kultuurilooline_kollektsioon, lk 4
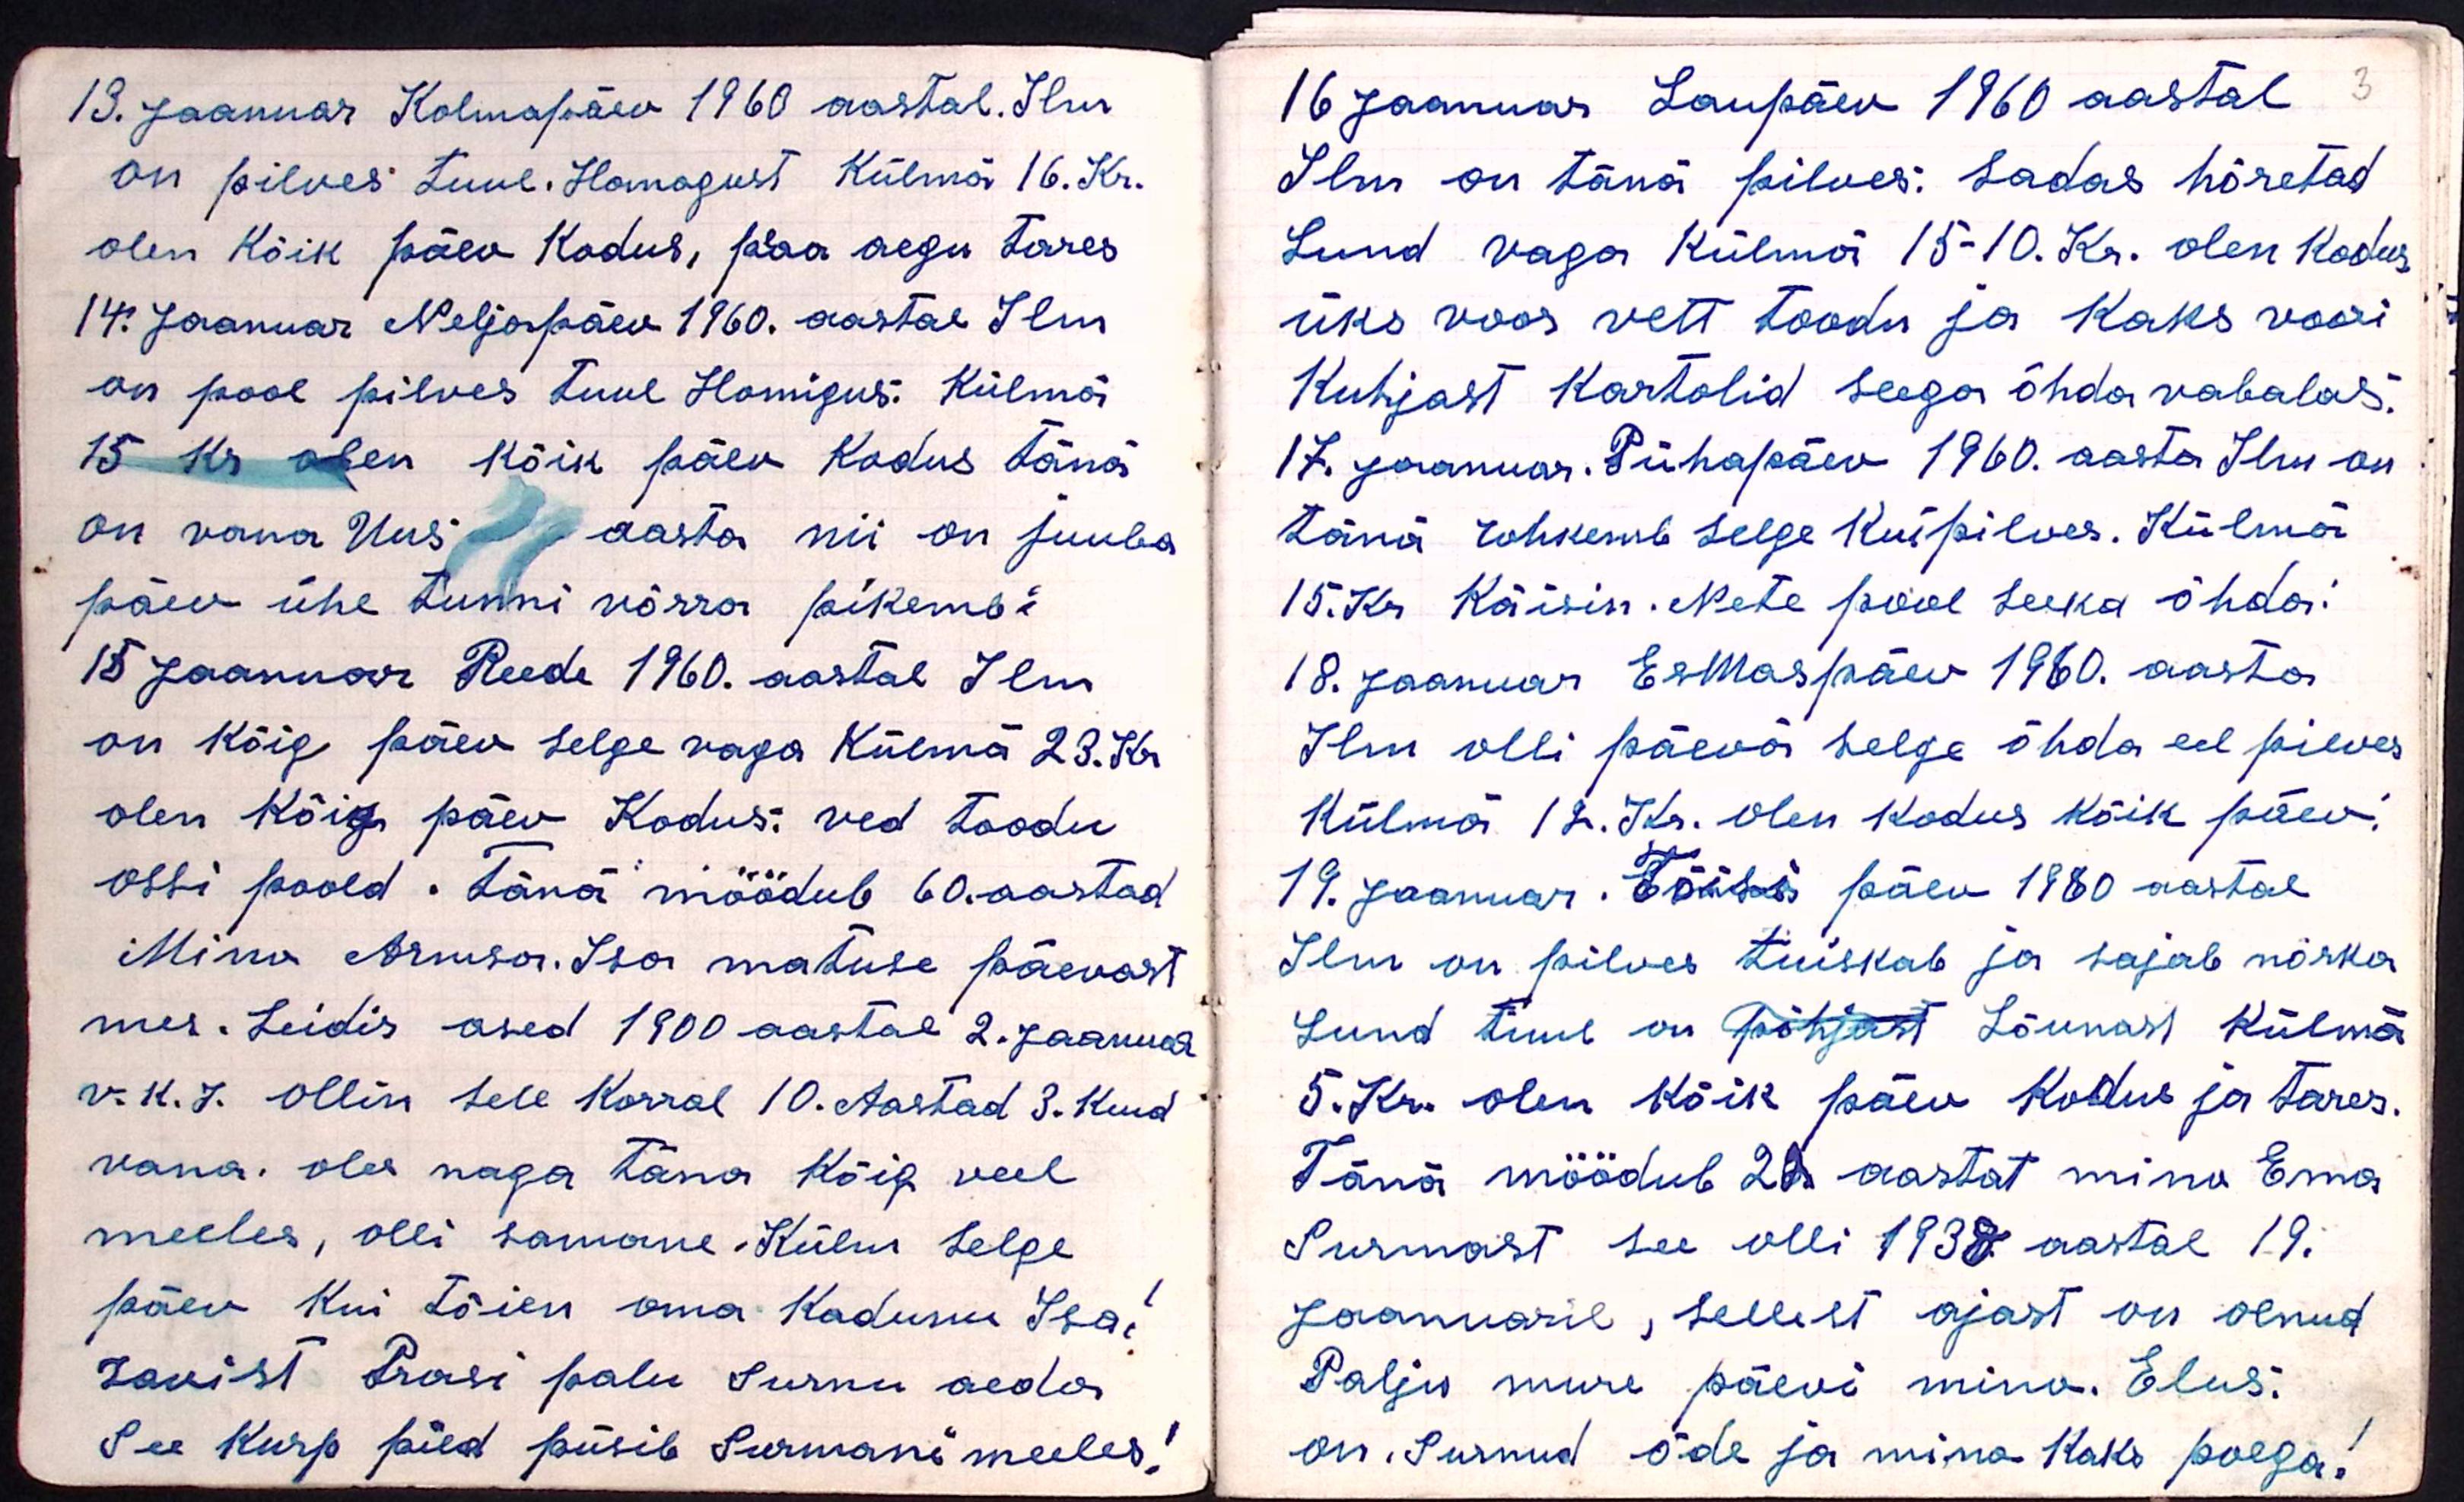
3

13. Jaanuar Kolmapäev 1960 aastal. Ilm
on pilves tuul. Homogust Külmä 16. Kr.
olen Kõik päev kodus, peaa aegu tares
14. Jaanuar Neljapäev 1960. aastal Ilm
on pool pilves tuul Homigus. Külma
15 kr olen kõik päev kodus täna
on vana Uus aasta nii on juuba
päev ühe tunni võrra pikemb:
15 Jaanuar Reede 1960. aastal Ilm
on kõig päev selge vaga Külmä 23. Kr
olen Kõig päev Kodus: ved toodu
ossi poold. Tänä möödub 60. aastad
Mino Armsa. Isa matuse päevast
mes. Leidis ased 1900 aastal 2. Jaanuar
v. k. j. Ollin selle Korral 10. Aastad 3. kuud
vana. oles naga täna kõig veel
meeles, olli samane. Külm selge
päev Kui tõien oma Kadunu Isa!
savist Prosi palu surnu aeda
See Kurp pied püsib Surmani meeles!

16 jaanuar Laupäev 1960 aastal
Ilm on täna pilves: sadas hõretad
Lund vaga külmä 15-10. Kr. olen kodus
üks voor vett toodu ja Kaks voori
Kuhjast kartolid seega õhda vabalas.
17. Jaanuar. Pühapäev 1960. aasta Ilm on
tänä rohkemb selge Kui pilves. Külma
15. Kr Käisin. Nete pool seeka õhda
18. Jaanuar Esmaspäev 1960. aasta
Ilm olli päevä selge õhda eel pilves
Külma 12. Kr. olen kodus kõik päev.
19. Jaanuar. Tõisi päev 1960 aastal
Ilm on pilves tuiskab ja sajab nõrka
Lund tuul on põhjast Lõunast külmä
5. Kr olen kõik päev kodus ja tares.
Tänä möödub 22 aastat mino Ema
Surmast see olli 1938 aastal 19.
Jaanuaril, sellest ajast on olnud
Palju mure päevi mino. Elus:
on. Sunud õde ja mino Kaks poega!